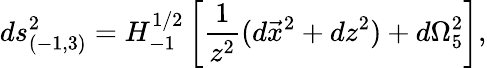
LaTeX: ds_{(-1,3)}^{2}=H_{-1}^{1/2}\left[{\frac{1}{z^{2}}}(d\vec{x}^{2}+dz^{2})+d\Omega_{5}^{2}\right],